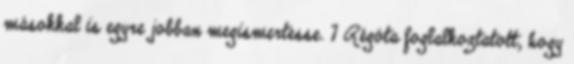
másokkal is egyre jobban megismertesse. 7 Régóta foglalkoztatott, hogy